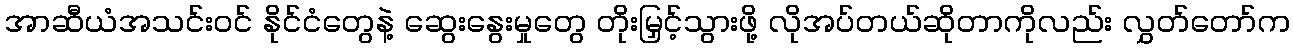
အာဆီယံအသင်းဝင် နိုင်ငံတွေနဲ့ ဆွေးနွေးမှုတွေ တိုးမြှင့်သွားဖို့ လိုအပ်တယ်ဆိုတာကိုလည်း လွှတ်တော်က